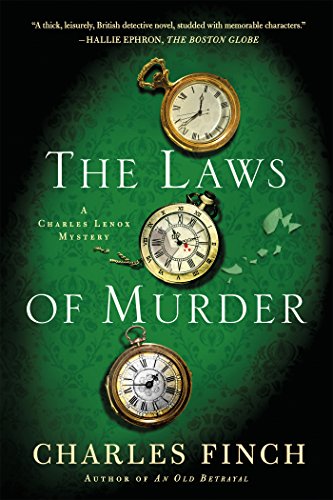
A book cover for The Laws of Murder: A Charles Lenox Mystery (Charles Lenox Mysteries); Charles Finch; Mystery, Thriller & Suspense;